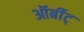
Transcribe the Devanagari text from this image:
ऑर्बीट्